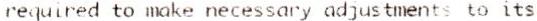
REQUIRED TO MAKE NECESSARY ADJUSTMENTS TO ITS